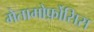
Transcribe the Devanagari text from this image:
मेतामोर्फ़ोसिस